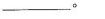
____。